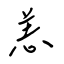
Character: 恙